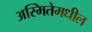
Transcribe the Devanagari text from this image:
अस्मितेमधील